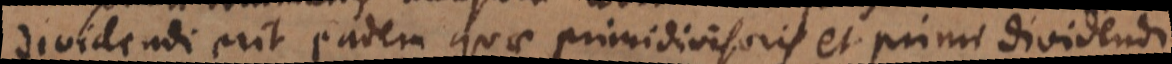
dividendi erit eadem quae primi divisoris et primi dividendi,